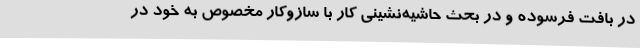
در بافت فرسوده و در بحث حاشیه‌نشینی کار با سازوکار مخصوص به خود در